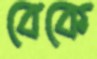
বেকে